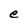
Character: e